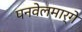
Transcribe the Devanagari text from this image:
पनवेलमार्गे